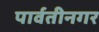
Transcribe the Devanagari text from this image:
पार्वतीनगर